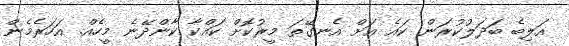
އަލިބެ ބަދަލުކުރަން. ކައެ އަށް އެނގޭތަ މީރުކޮށް ކައްކާ ކާންދޭނެ މީހެއް. އަހަރެމެން